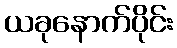
ယခုနောက်ပိုင်း